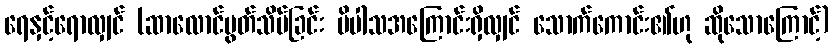
ရေနှင့်ရောလျှင် (ဆာလောင်မွတ်သိပ်ခြင်း ပိပါသအကြောင်းရှိလျှင် သောက်ကောင်း၏ဟု ဆိုသောကြောင့်)